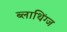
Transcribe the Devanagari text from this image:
ब्लाथिंग्ज